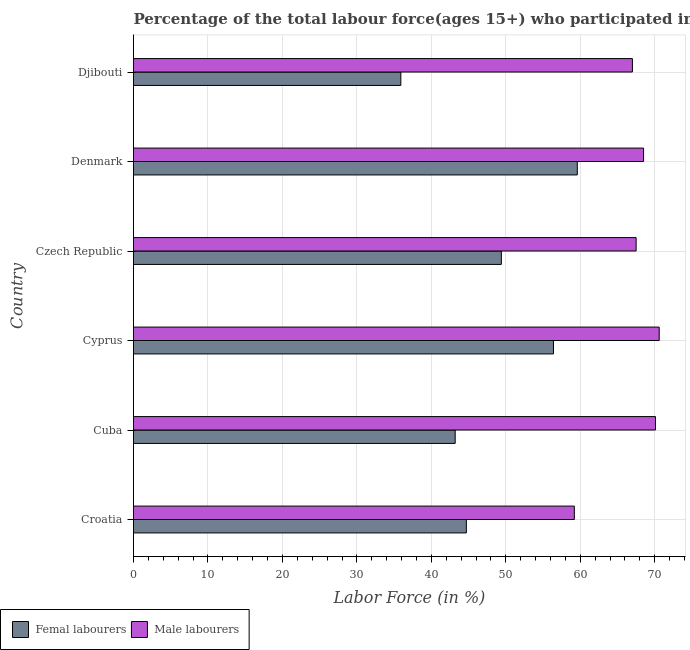
| Country | Femal labourers | Male labourers |
 | --- | --- | --- |
 | Croatia | 44.7 | 59.2 |
 | Cuba | 43.2 | 70.1 |
 | Cyprus | 56.4 | 70.6 |
 | Czech Republic | 49.4 | 67.5 |
 | Denmark | 59.6 | 68.5 |
 | Djibouti | 35.9 | 67 |